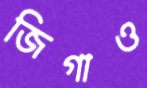
জিগাও